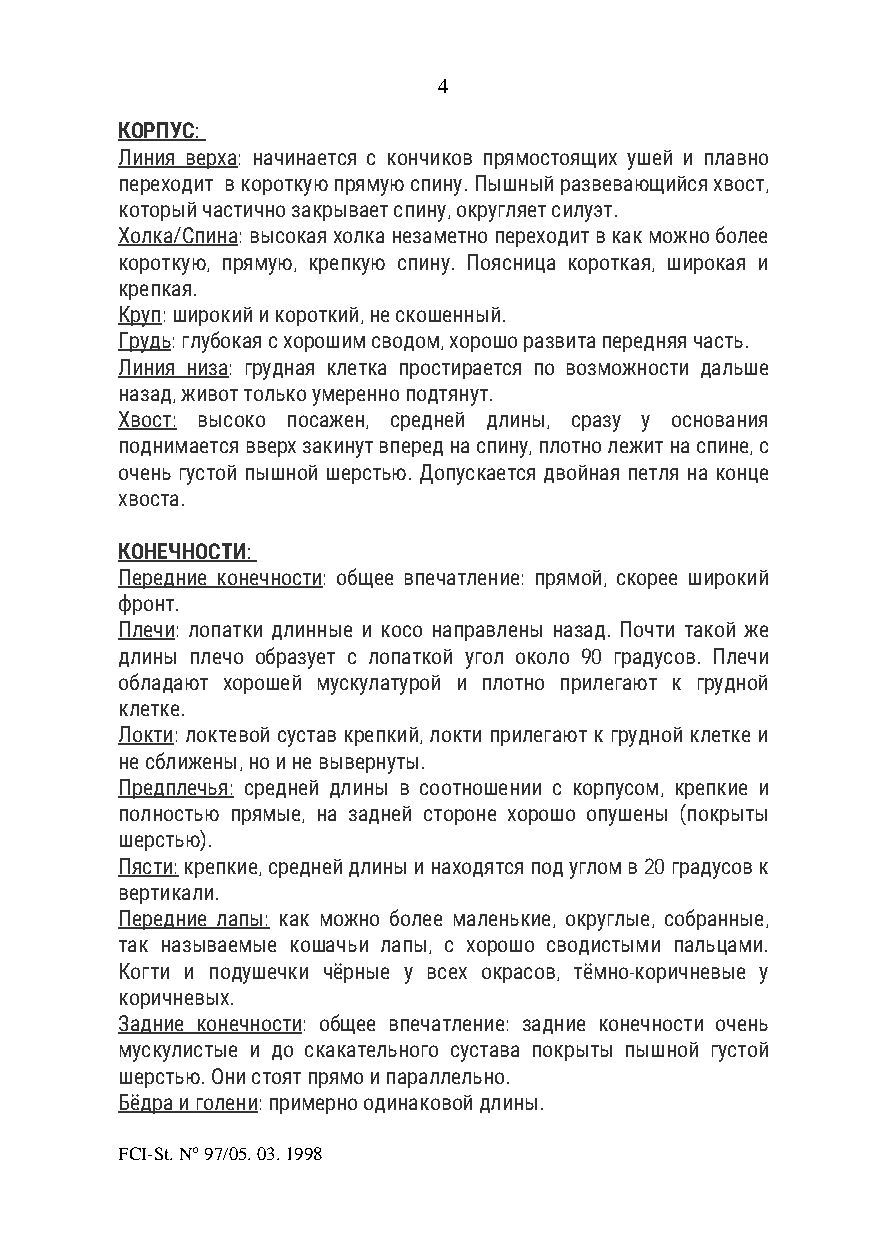
4
 КОРПУС:
 Линия верха: начинается с кончиков прямостоящих ушей и плавно
 переходит в короткую прямую спину. Пышный развевающийся хвост,
 который частично закрывает спину, округляет силуэт.
 Холка/Спина: высокая холка незаметно переходит в как можно более
 короткую, прямую, крепкую спину. Поясница короткая, широкая и
 крепкая.
 Круп: широкий и короткий, не скошенный.
 Грудь: глубокая с хорошим сводом, хорошо развита передняя часть.
 Линия низа: грудная клетка простирается по возможности дальше
 назад, живот только умеренно подтянут.
 Хвост: высоко посажен, средней длины, сразу у основания
 поднимается вверх закинут вперед на спину, плотно лежит на спине, с
 очень густой пышной шерстью. Допускается двойная петля на конце
 хвоста.
 КОНЕЧНОСТИ:
 Передние конечности: общее впечатление: прямой, скорее широкий
 фронт.
 Плечи: лопатки длинные и косо направлены назад. Почти такой же
 длины плечо образует с лопаткой угол около 90 градусов. Плечи
 обладают хорошей мускулатурой и плотно прилегают к грудной
 клетке.
 Локти: локтевой сустав крепкий, локти прилегают к грудной клетке и
 не сближены, но и не вывернуты.
 Предплечья: средней длины в соотношении с корпусом, крепкие и
 полностью прямые, на задней стороне хорошо опушены (покрыты
 шерстью).
 Пясти: крепкие, средней длины и находятся под углом в 20 градусов к
 вертикали.
 Передние лапы: как можно более маленькие, округлые, собранные,
 так называемые кошачьи лапы, с хорошо сводистыми пальцами.
 Когти и подушечки чёрные у всех окрасов, тёмно-коричневые у
 коричневых.
 Задние конечности: общее впечатление: задние конечности очень
 мускулистые и до скакательного сустава покрыты пышной густой
 шерстью. Они стоят прямо и параллельно.
 Бёдра и голени: примерно одинаковой длины.
 FCI-St. N° 97/05. 03. 1998